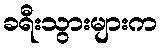
ခရီးသွားများက